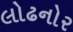
લોઢનોર